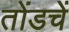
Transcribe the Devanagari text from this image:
तोंडचें